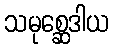
သမုစ္ဆေဒါယ